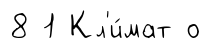
8 1 Кл'и́мат о